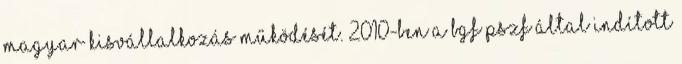
magyar kisvállalkozás működését. 2010-ben a BGF PSZF által indított